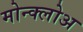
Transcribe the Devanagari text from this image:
मोन्क्लोअ